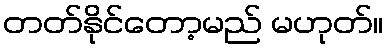
တတ်နိုင်တော့မည် မဟုတ်။